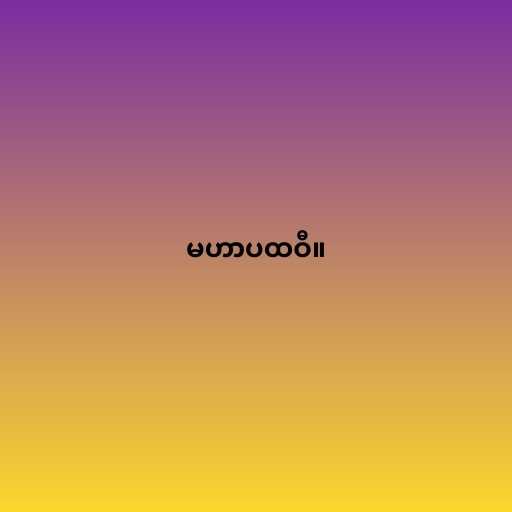
မဟာပထဝီ။